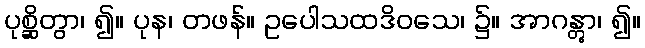
ပုစ္ဆိတွာ၊ ၍။ ပုန၊ တဖန်။ ဥပေါသထဒိဝသေ၊ ၌။ အာဂန္တွာ၊ ၍။